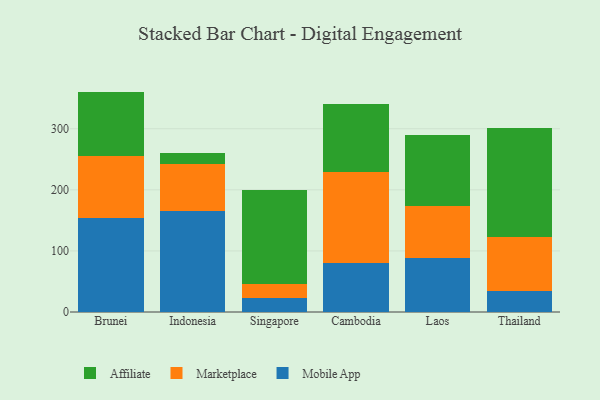
{"axis": {"x": "Country", "y": "Shipments"}, "legend": ["Affiliate", "Marketplace", "Mobile App"], "data": [{"x": "Brunei", "y": 153.9, "type": "Mobile App"}, {"x": "Brunei", "y": 101.5, "type": "Marketplace"}, {"x": "Brunei", "y": 105.4, "type": "Affiliate"}, {"x": "Indonesia", "y": 166.0, "type": "Mobile App"}, {"x": "Indonesia", "y": 76.7, "type": "Marketplace"}, {"x": "Indonesia", "y": 18.1, "type": "Affiliate"}, {"x": "Singapore", "y": 22.2, "type": "Mobile App"}, {"x": "Singapore", "y": 23.8, "type": "Marketplace"}, {"x": "Singapore", "y": 153.5, "type": "Affiliate"}, {"x": "Cambodia", "y": 79.5, "type": "Mobile App"}, {"x": "Cambodia", "y": 149.8, "type": "Marketplace"}, {"x": "Cambodia", "y": 110.9, "type": "Affiliate"}, {"x": "Laos", "y": 88.5, "type": "Mobile App"}, {"x": "Laos", "y": 84.3, "type": "Marketplace"}, {"x": "Laos", "y": 116.9, "type": "Affiliate"}, {"x": "Thailand", "y": 35.0, "type": "Mobile App"}, {"x": "Thailand", "y": 87.7, "type": "Marketplace"}, {"x": "Thailand", "y": 178.9, "type": "Affiliate"}]}